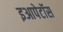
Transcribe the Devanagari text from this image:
इआपेटॉस